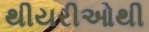
થીયરીઓથી